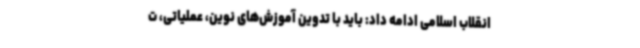
انقلاب اسلامی ادامه داد: باید با تدوین آموزش‌های نوین، عملیاتی، ت